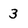
Character: 3